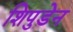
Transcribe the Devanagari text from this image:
शिपुडेन